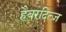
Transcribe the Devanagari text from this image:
हैबरदित्ज़